Vaccination in Bombay 1924-1928 - 1924-1928
Year: 1924
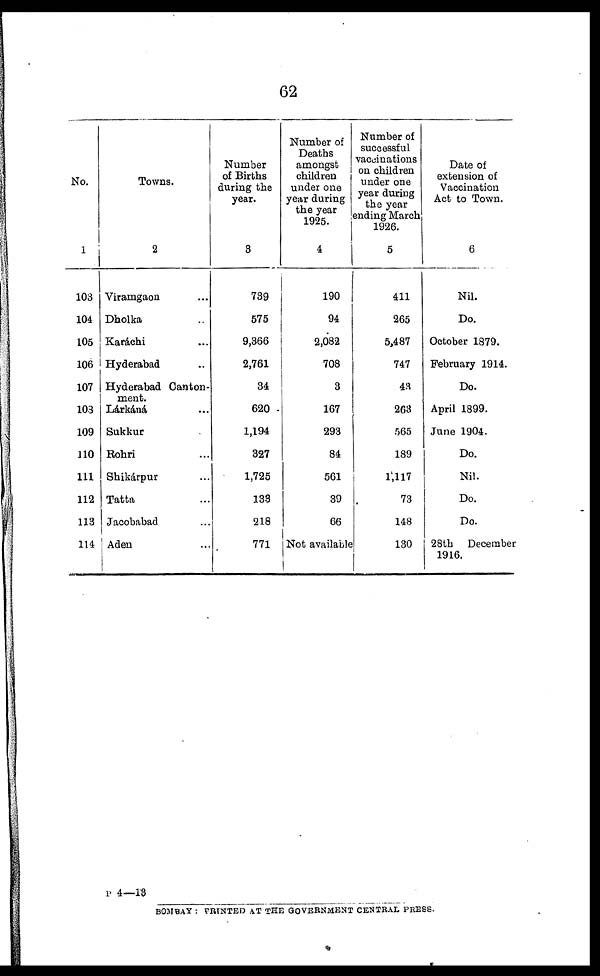
62
No.
1
103
104
105
106
107
108
109
110
111
112
113
114
Towns.
2
Viramgaon ...
Dholka ...
Karáchi ...
Hyderabad ...
Hyderabad Canton-
ment.
Lárkáná ...
Sukkur ...
Rohri ...
Shikárpur ...
Tatta ...
Jacobabad ...
Aden ...
Number
of Births
during the
year.
3
739
575
9,366
2,761
34
620
1,194
327
1,725
133
218
771
Number of
Deaths
amongst
children
under one
year during
the year
1925.
4
190
94
2,082
708
3
167
293
84
561
39
66
Not available
Number of
successful
vaccinations
on children
under one
year during
the year
ending March
1926.
5
411
265
5,487
747
43
263
565
189
1,117
73
148
130
Date of
extension of
Vaccination
Act to Town.
6
Nil.
Do.
October 1879.
February 1914.
Do.
April 1899.
June 1904.
Do.
Nil.
Do.
Do.
28th December
1916.
P 4—13
BOMBAY : PRINTED AT THE GOVERNMENT CENTRAL PRESS.